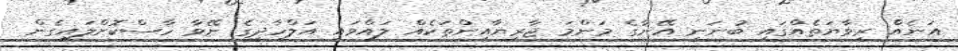
އަނެއް ރިވާޔަތެއްގައި ބުނަނީ އޭނާގެ މަންމަ ޖާރިޔާއިންތަކެއް ލައްވައި އަލްހާދީގެ ނޭވާ ހާސްކޮށްލައިގެން